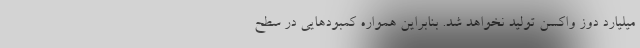
میلیارد دوز واکسن تولید نخواهد شد. بنابراین همواره کمبودهایی در سطح